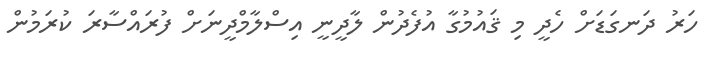
ހަރު ދަނގަޑަށް ހެދީ މި ޤައުމުގާ އުފެދުން ލާދީނީ އިސްލާމްދީނަށް ފުރައްސާރަ ކުރަމުން